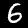
Digit: 6